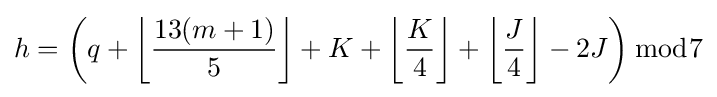
h=\left(q+\left\lfloor {\frac {13(m+1)}{5}}\right\rfloor +K+\left\lfloor {\frac {K}{4}}\right\rfloor +\left\lfloor {\frac {J}{4}}\right\rfloor -2J\right){\bmod {7}}